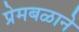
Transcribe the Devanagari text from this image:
प्रेमबळाने